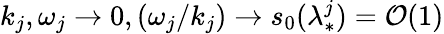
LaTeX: k_{j},\omega_{j}\to 0,(\omega_{j}/k_{j})\to s_{0}(\lambda_{*}^{j})=\mathcal{O}(1)